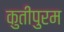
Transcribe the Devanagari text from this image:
कुतीपुरम